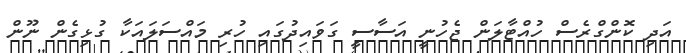
އަދި ކޮންގްރެސް ހުއްޓާލަން ޖެހުނީ އަސާސީ ގަވައިދުގައި ހުރި މައްސަލައަކާ ގުޅިގެން ނޫން